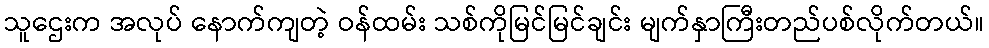
သူဌေးက အလုပ် နောက်ကျတဲ့ ဝန်ထမ်း သစ်ကိုမြင်မြင်ချင်း မျက်နှာကြီးတည်ပစ်လိုက်တယ်။